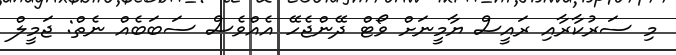
މި ސަރުކާރާއި ރައީސް ޔާމީނަށް ވޯޓް ދޭންޖެހޭ އެއްވެސް ސަބަބެއް ނެތް: ޖަމީލް